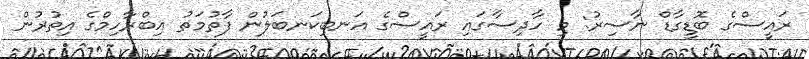
ރައީސްގެ ބޮޑީގާޑް ނާސިރު: މި ހާދިސާގައި ރައީސްގެ އަނބިކަނބަލުން ފާތުމަތު އިބްރާހިމްގެ އިތުރުން